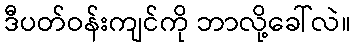
ဒီပတ်ဝန်းကျင်ကို ဘာလို့ခေါ်လဲ။